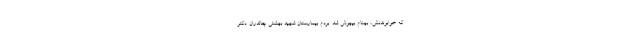
كه خوابوندنش، بهنام بيهوش شد. بردم بيمارستان شهيد بهشتي چالدران. دكتر